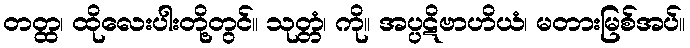
တတ္ထ၊ ထိုလေးပါးတို့တွင်။ သုတ္တံ၊ ကို။ အပ္ပဋိဗာဟိယံ၊ မတားမြစ်အပ်။